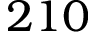
2 1 0